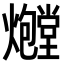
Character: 𪺃